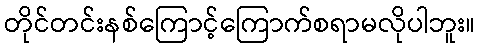
တိုင်တင်းနစ်ကြောင့်ကြောက်စရာမလိုပါဘူး။